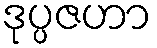
ဒုပ္ပဇဟာ